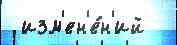
 изм'ен'е́н'ий